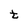
Character: t